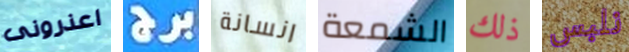
اعذرونى برج انسانة الشمعة ذلك نلبس